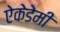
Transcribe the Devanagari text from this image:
ऐकेडेमी